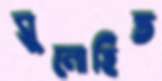
সুলোহিত